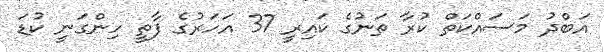
އަބްދު މަސައްކަތް ކުރާ ތަނުގެ ކައިރީ 37 އަހަރުގެ ފާތީ ހިންގަނީ ކުޑަ